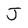
Character: J